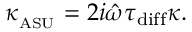
\kappa _ { _ \mathrm { A S U } } = 2 i \hat { \omega } \tau _ { \mathrm { d i f f } } \kappa .